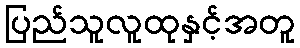
ပြည်သူလူထုနှင့်အတူ